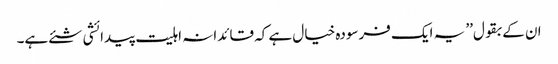
ان کے بقول’’ یہ ایک فرسودہ خیال ہے کہ قائدانہ اہلیت پیدائشی شئے ہے۔